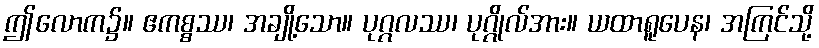
ဤလောက၌။ ဧကစ္စဿ၊ အချို့သော။ ပုဂ္ဂလဿ၊ ပုဂ္ဂိုလ်အား။ ယထာရူပေန၊ အကြင်သို့